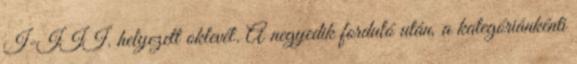
I-III. helyezett oklevél. A negyedik forduló után, a kategóriánkénti